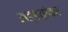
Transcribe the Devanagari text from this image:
अड्डय़ांवर